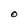
Character: O